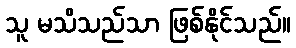
သူ မသိသည်သာ ဖြစ်နိုင်သည်။